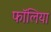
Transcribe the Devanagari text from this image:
फॉलिया